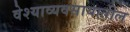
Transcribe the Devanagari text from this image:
वेश्याव्यवसायातील